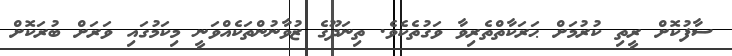
ސާފުކޮށް ރީތި ކުރުމަށް ޙަރަކާތްތެރިވާ ވަގުތެކެވެ. ތިނަދޫގެ ޒުވާނުންތަކެއްވަނީ މިކަމުގައި ވަރަށް ބުރަކޮށް